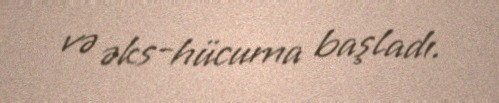
və əks-hücuma başladı.